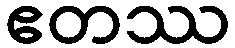
ဧတဿ